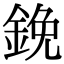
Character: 鋔